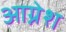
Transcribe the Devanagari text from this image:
आग्नेश